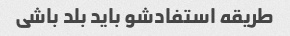
طریقه استفادشو باید بلد باشی